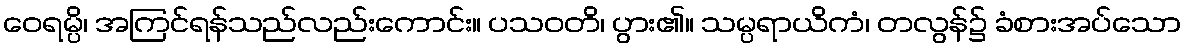
ဝေရမ္ပိ၊ အကြင်ရန်သည်လည်းကောင်း။ ပသဝတိ၊ ပွား၏။ သမ္ပရာယိကံ၊ တလွန်၌ ခံစားအပ်သော